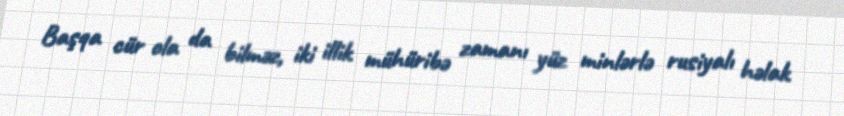
Başqa cür ola da bilməz, iki illik mühüribə zamanı yüz minlərlə rusiyalı həlak